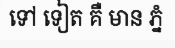
ទៅ ទៀត គឺ មាន ភ្នំ